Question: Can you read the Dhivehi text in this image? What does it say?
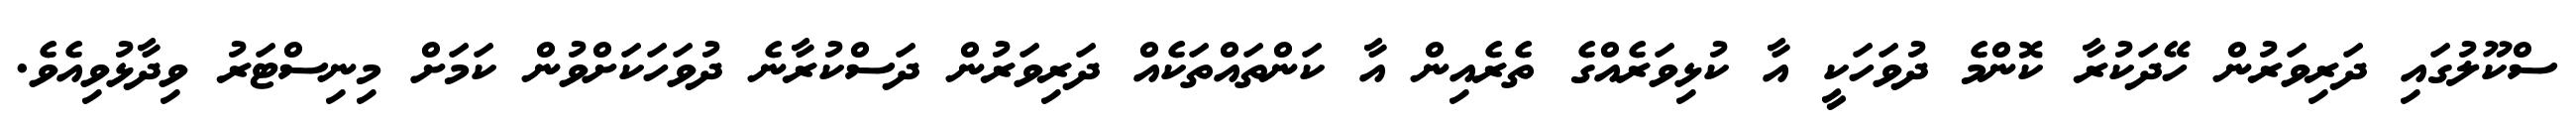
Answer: ސްކޫލުގައި ދަރިވަރުން ހޭދަކުރާ ކޮންމެ ދުވަހަކީ އާ ކުޅިވަރެއްގެ ތެރެއިން އާ ކަންތައްތަކެއް ދަރިވަރުން ދަސްކުރާނެ ދުވަހަކަށްވުން ކަމަށް މިނިސްޓަރު ވިދާޅުވިއެވެ.